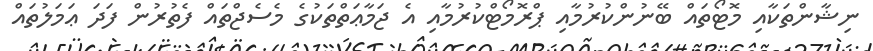
ނިޝާންތަކާއި މޮޓޯތައް ބޭނުންކުރުމާއި ޕްރޮމޯޓްކުރުމާއި އެ ޖަމާޢަތްތަކުގެ މެސެޖްތައް ފެތުރުން ފަދަ ޢަމަލުތައް